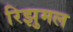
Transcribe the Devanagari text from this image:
रिझुमल